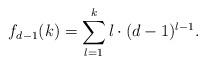
LaTeX: \begin{align*}f_{d-1}(k)=\sum_{l=1}^k l\cdot (d-1)^{l-1}.\end{align*}